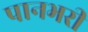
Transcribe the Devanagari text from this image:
पानभरी